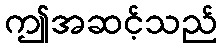
ဤအဆင့်သည်